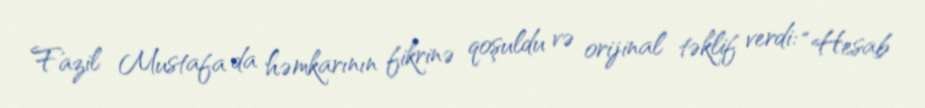
Fazil Mustafa da həmkarının fikrinə qoşuldu və orijinal təklif verdi: “Hesab